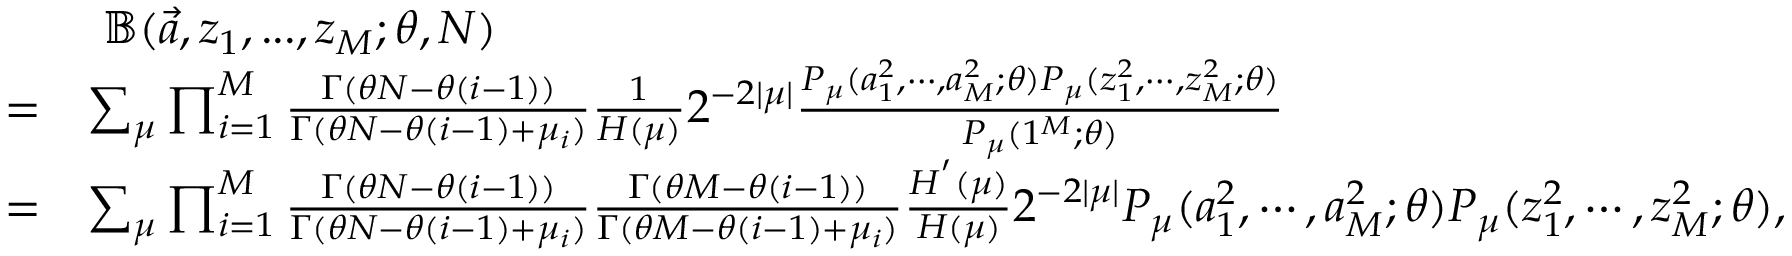
\begin{array} { r l } & { \ \mathbb { B } ( \Vec { a } , z _ { 1 } , . . . , z _ { M } ; \theta , N ) } \\ { = } & { \sum _ { \mu } \prod _ { i = 1 } ^ { M } \frac { \Gamma ( \theta N - \theta ( i - 1 ) ) } { \Gamma ( \theta N - \theta ( i - 1 ) + \mu _ { i } ) } \frac { 1 } { H ( \mu ) } 2 ^ { - 2 | \mu | } \frac { P _ { \mu } ( a _ { 1 } ^ { 2 } , \cdots , a _ { M } ^ { 2 } ; \theta ) P _ { \mu } ( z _ { 1 } ^ { 2 } , \cdots , z _ { M } ^ { 2 } ; \theta ) } { P _ { \mu } ( 1 ^ { M } ; \theta ) } } \\ { = } & { \sum _ { \mu } \prod _ { i = 1 } ^ { M } \frac { \Gamma ( \theta N - \theta ( i - 1 ) ) } { \Gamma ( \theta N - \theta ( i - 1 ) + \mu _ { i } ) } \frac { \Gamma ( \theta M - \theta ( i - 1 ) ) } { \Gamma ( \theta M - \theta ( i - 1 ) + \mu _ { i } ) } \frac { H ^ { ' } ( \mu ) } { H ( \mu ) } 2 ^ { - 2 | \mu | } P _ { \mu } ( a _ { 1 } ^ { 2 } , \cdots , a _ { M } ^ { 2 } ; \theta ) P _ { \mu } ( z _ { 1 } ^ { 2 } , \cdots , z _ { M } ^ { 2 } ; \theta ) , } \end{array}